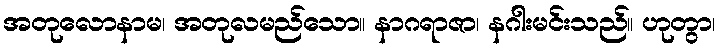
အတုလောနာမ၊ အတုလမည်သော။ နာဂရာဇာ၊ နဂါးမင်းသည်။ ဟုတွာ၊